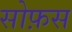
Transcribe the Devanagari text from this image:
सोफ़स